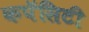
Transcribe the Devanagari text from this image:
कपॅसिटी